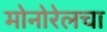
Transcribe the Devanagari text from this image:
मोनोरेलचा